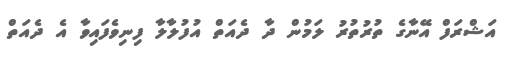
އަޝްރަފް އޭނާގެ ތުރުތުރު ލަމުން ދާ ދެއަތް އުފުލާލާ ފިނިވެފައިވާ އެ ދެއަތް